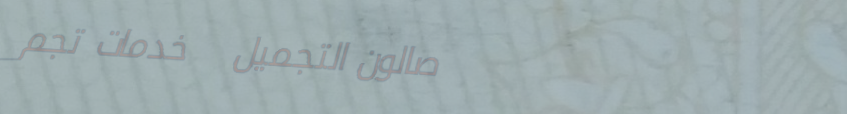
صالون التجميل   خدمات تجم